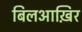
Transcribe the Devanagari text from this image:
बिलआख़िर